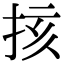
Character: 㧡